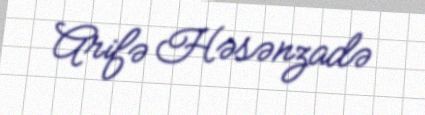
Arifə Həsənzadə